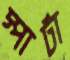
স্পার্টা